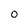
Character: O